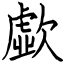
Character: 歔